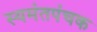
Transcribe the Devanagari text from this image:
स्यमंतपंचक